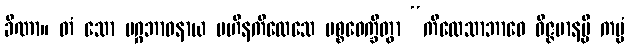
ခီဏာ။ တံ သော မဂ္ဂဘာဝနာယ ပဟီနကိလေသေ ပစ္စဝေက္ခိတွာ “ကိလေသာဘာဝေ ဝိဇ္ဇမာနမ္ပိ ကမ္မံ